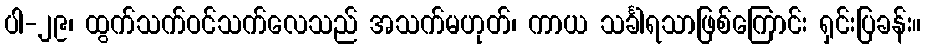
ပါ-၂၉၊ ထွက်သက်ဝင်သက်လေသည် အသက်မဟုတ်၊ ကာယ သင်္ခါရသာဖြစ်ကြောင်း ရှင်းပြခန်း။